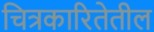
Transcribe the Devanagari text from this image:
चित्रकारितेतील